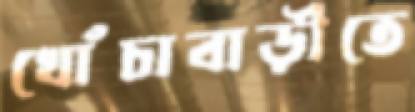
খোঁচাবাড়ীতে